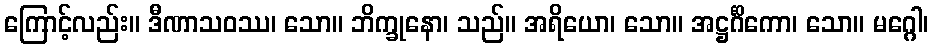
ကြောင့်လည်း။ ဒီဏာသဝဿ၊ သော။ ဘိက္ခုနော၊ သည်။ အရိယော၊ သော။ အဋ္ဌင်္ဂိကော၊ သော။ မဂ္ဂေါ၊